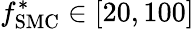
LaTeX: f_{\mathrm{SMC}}^{*}\in[20,100]